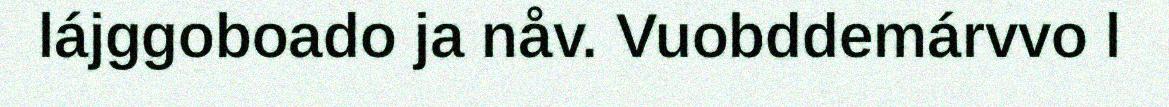
lájggoboado ja nåv. Vuobddemárvvo l